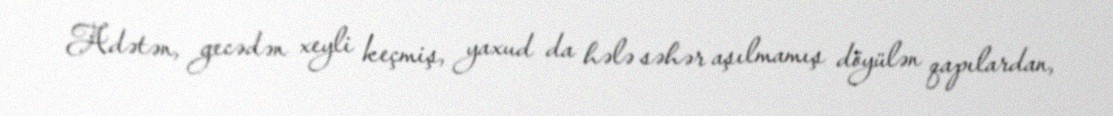
Adətən, gecədən xeyli keçmiş, yaxud da hələ səhər aşılmamış döyülən qapılardan,